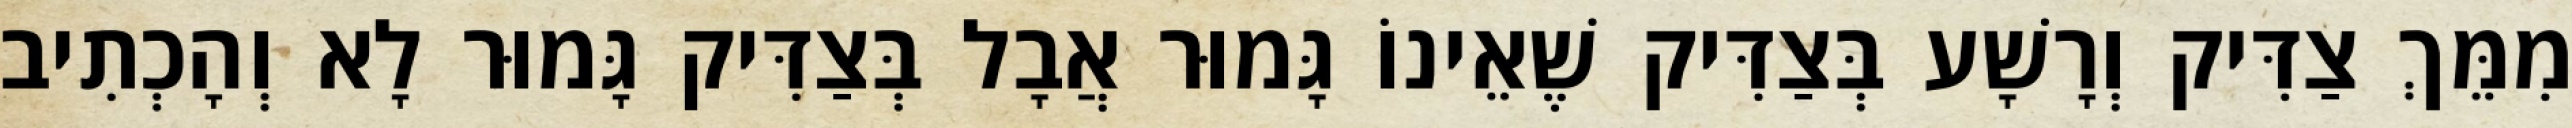
מִמֵּךְ צַדִּיק וְרָשָׁע בְּצַדִּיק שֶׁאֵינוֹ גָּמוּר אֲבָל בְּצַדִּיק גָּמוּר לָא וְהָכְתִיב